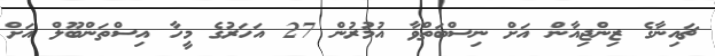
ޗައިނާގެ ޒިންޖިއާން އަށް ނިސްބަތްވާ އުމުރުން 27 އަހަރުގެ މީހާ އިސްތަންބޫލް އަށް